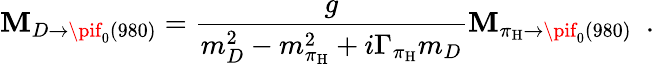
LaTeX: {\cal\mathbf{M}}_{D\to\pif_{0}(980)}={\frac{{g}}{{m_{D}^{2}-m_{\pi_{\mathrm{{H}}}}^{2}+i\Gamma_{\pi_{\mathrm{{H}}}}m_{D}}}}{\cal\mathbf{M}}_{\pi_{\mathrm{{H}}}\to\pif_{0}(980)}\ \ .